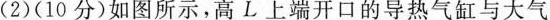
(2)(10分)如图所示，高L 上端开口的导热气缸与大气